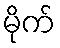
မိုက်